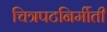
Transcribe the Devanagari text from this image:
चित्रपटनिर्मीती